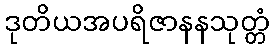
ဒုတိယအပရိဇာနနသုတ္တံ